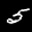
Label: 5